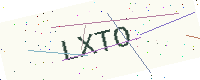
Text: LXTO